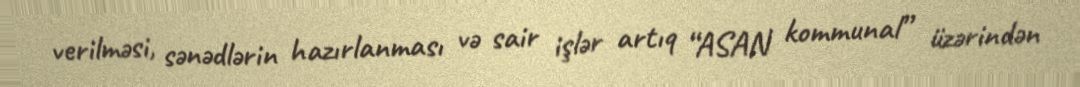
verilməsi, sənədlərin hazırlanması və sair işlər artıq “ASAN kommunal” üzərindən